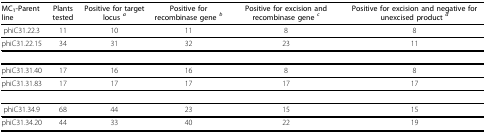
<table><thead><tr><td><b>MC<sub>1</sub>-Parent line</b></td><td><b>Plants tested</b></td><td><b>Positive for target locus <sup><i>a</i></sup></b></td><td><b>Positive for recombinase gene <sup><i>b</i></sup></b></td><td><b>Positive for excision and recombinase gene <sup><i>c</i></sup></b></td><td><b>Positive for excision and negative for unexcised product <sup><i>d</i></sup></b></td></tr></thead><tbody><tr><td>phiC31.22.3</td><td>11</td><td>10</td><td>11</td><td>8</td><td>8</td></tr><tr><td>phiC31.22.15</td><td>34</td><td>31</td><td>32</td><td>23</td><td>11</td></tr><tr><td>phiC31.31.40</td><td>17</td><td>16</td><td>16</td><td>8</td><td>8</td></tr><tr><td>phiC31.31.83</td><td>17</td><td>17</td><td>17</td><td>17</td><td>17</td></tr><tr><td>phiC31.34.9</td><td>68</td><td>44</td><td>23</td><td>15</td><td>15</td></tr><tr><td>phiC31.34.20</td><td>44</td><td>33</td><td>40</td><td>22</td><td>19</td></tr></tbody></table>